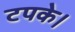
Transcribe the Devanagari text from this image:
टपके।